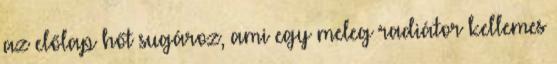
az előlap hőt sugároz, ami egy meleg radiátor kellemes